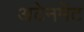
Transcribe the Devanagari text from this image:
अटेनमेंट